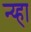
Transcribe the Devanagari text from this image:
न्य्हा